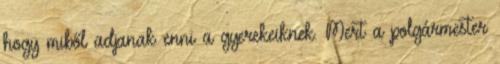
hogy miből adjanak enni a gyerekeiknek. Mert a polgármester